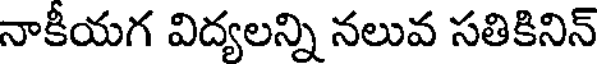
నాకీయగ విద్యలన్ని నలువ సతికినిన్